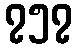
၇၅၇